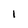
Character: 1